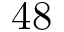
4 8